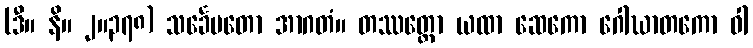
(ဒီ။ နိ။ ၂။၃၇၈) သင်္ခေပတော အာဂတံ။ တဿတ္ထော ယထာ ဆေကော ဂေါဃာတကော ဝါ